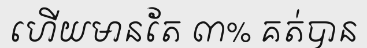
ហើយមានតែ ៣% គត់បាន